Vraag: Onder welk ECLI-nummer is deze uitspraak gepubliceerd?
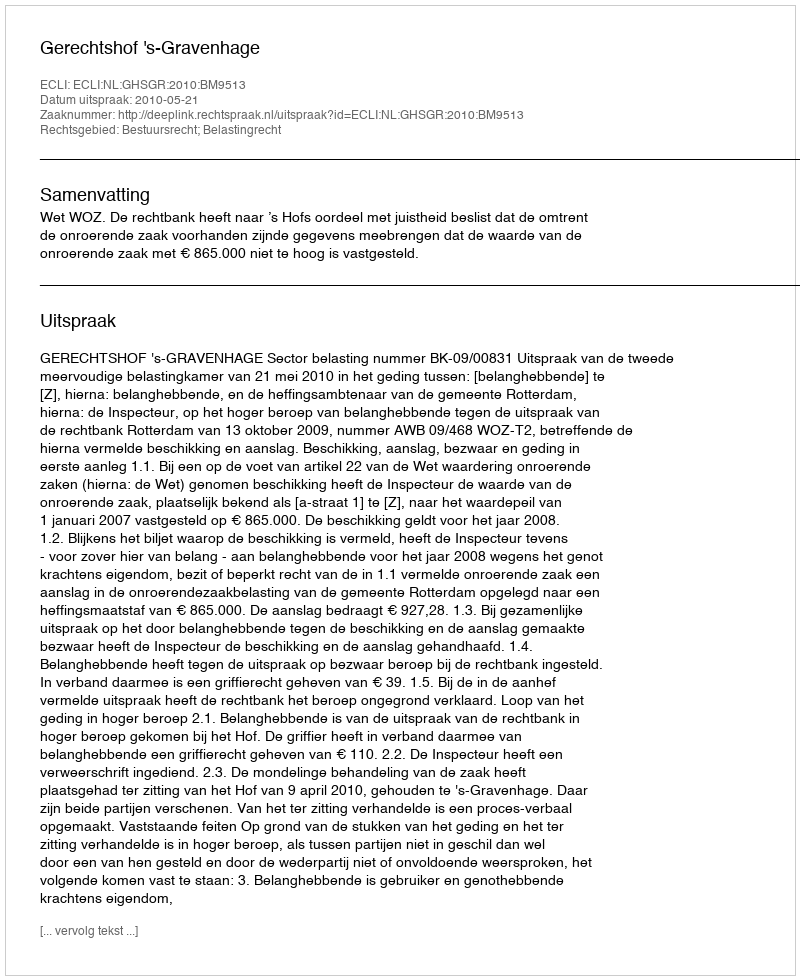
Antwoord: ECLI:NL:GHSGR:2010:BM9513